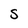
Character: S